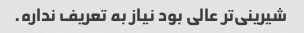
شیرینی‌تر عالی بود نیاز به تعریف نداره.